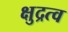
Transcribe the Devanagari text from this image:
क्षुद्रत्व